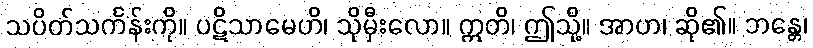
သပိတ်သင်္ကန်းကို။ ပဋိသာမေဟိ၊ သိုမှီးလော။ ဣတိ၊ ဤသို့။ အာဟ၊ ဆို၏။ ဘန္တေ၊